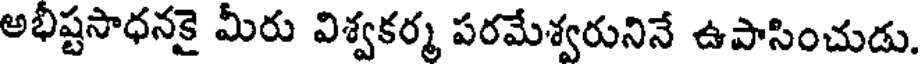
అభీష్టసాధనకై మీరు విశ్వకర్మ పరమేశ్వరునినే ఉపాసించుడు.